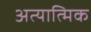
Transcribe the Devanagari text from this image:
अत्यात्मिक